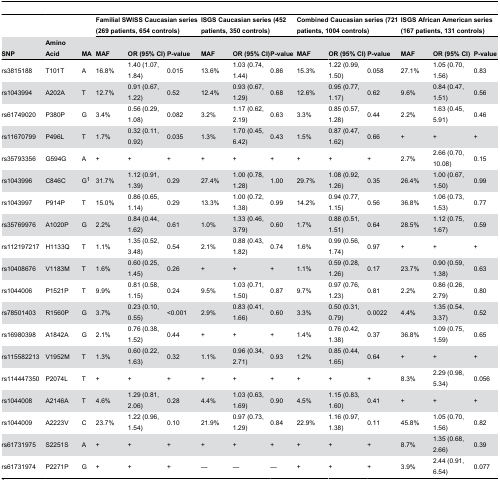
<table><thead><tr><td></td><td></td><td></td><td colspan="3"><b>Familial SWISS Caucasian series (269 patients, 654 controls)</b></td><td colspan="3"><b>ISGS Caucasian series (452 patients, 350 controls)</b></td><td colspan="3"><b>Combined Caucasian series (721 patients, 1004 controls)</b></td><td colspan="3"><b>ISGS African American series (167 patients, 131 controls)</b></td></tr><tr><td><b>SNP</b></td><td><b>Amino Acid</b></td><td><b>MA</b></td><td><b>MAF</b></td><td><b>OR (95% CI)</b></td><td><b>P-value</b></td><td><b>MAF</b></td><td><b>OR (95% CI)</b></td><td><b>P-value</b></td><td><b>MAF</b></td><td><b>OR (95% CI)</b></td><td><b>P-value</b></td><td><b>MAF</b></td><td><b>OR (95% CI)</b></td><td><b>P-value</b></td></tr></thead><tbody><tr><td> rs3815188</td><td>T101T</td><td>A</td><td>16.8%</td><td>1.40 (1.07, 1.84)</td><td>0.015</td><td>13.6%</td><td>1.03 (0.74, 1.44)</td><td>0.86</td><td>15.3%</td><td>1.22 (0.99, 1.50)</td><td>0.058</td><td>27.1%</td><td>1.05 (0.70, 1.56)</td><td>0.83</td></tr><tr><td>rs1043994</td><td>A202A</td><td>T</td><td>12.7%</td><td>0.91 (0.67, 1.22)</td><td>0.52</td><td>12.4%</td><td>0.93 (0.67, 1.29)</td><td>0.68</td><td>12.6%</td><td>0.95 (0.77, 1.17)</td><td>0.62</td><td>9.6%</td><td>0.84 (0.47, 1.51)</td><td>0.56</td></tr><tr><td>rs61749020</td><td>P380P</td><td>G</td><td>3.4%</td><td>0.56 (0.29, 1.08)</td><td>0.082</td><td>3.2%</td><td>1.17 (0.62, 2.19)</td><td>0.63</td><td>3.3%</td><td>0.85 (0.57, 1.28)</td><td>0.44</td><td>2.2%</td><td>1.63 (0.45, 5.91)</td><td>0.46</td></tr><tr><td>rs11670799</td><td>P496L</td><td>T</td><td>1.7%</td><td>0.32 (0.11, 0.92)</td><td>0.035</td><td>1.3%</td><td>1.70 (0.45, 6.42)</td><td>0.43</td><td>1.5%</td><td>0.87 (0.47, 1.62)</td><td>0.66</td><td>+</td><td>+</td><td>+</td></tr><tr><td>rs35793356</td><td>G594G</td><td>A</td><td>+</td><td>+</td><td>+</td><td>+</td><td>+</td><td>+</td><td>+</td><td>+</td><td>+</td><td>2.7%</td><td>2.66 (0.70, 10.08)</td><td>0.15</td></tr><tr><td>rs1043996</td><td>C846C</td><td>G<sup>1</sup></td><td>31.7%</td><td>1.12 (0.91, 1.39)</td><td>0.29</td><td>27.4%</td><td>1.00 (0.78, 1.28)</td><td>1.00</td><td>29.7%</td><td>1.08 (0.92, 1.26)</td><td>0.35</td><td>26.4%</td><td>1.00 (0.67, 1.50)</td><td>0.99</td></tr><tr><td>rs1043997</td><td>P914P</td><td>T</td><td>15.0%</td><td>0.86 (0.65, 1.14)</td><td>0.29</td><td>13.3%</td><td>1.00 (0.72, 1.38)</td><td>0.99</td><td>14.2%</td><td>0.94 (0.77, 1.15)</td><td>0.56</td><td>36.8%</td><td>1.06 (0.73, 1.53)</td><td>0.77</td></tr><tr><td>rs35769976</td><td>A1020P</td><td>G</td><td>2.2%</td><td>0.84 (0.44, 1.62)</td><td>0.61</td><td>1.0%</td><td>1.33 (0.46, 3.79)</td><td>0.60</td><td>1.7%</td><td>0.88 (0.51, 1.51)</td><td>0.64</td><td>28.5%</td><td>1.12 (0.75, 1.67)</td><td>0.59</td></tr><tr><td>rs112197217</td><td>H1133Q</td><td>T</td><td>1.1%</td><td>1.35 (0.52, 3.48)</td><td>0.54</td><td>2.1%</td><td>0.88 (0.43, 1.82)</td><td>0.74</td><td>1.6%</td><td>0.99 (0.56, 1.74)</td><td>0.97</td><td>+</td><td>+</td><td>+</td></tr><tr><td>rs10408676</td><td>V1183M</td><td>T</td><td>1.6%</td><td>0.60 (0.25, 1.45)</td><td>0.26</td><td>+</td><td>+</td><td>+</td><td>1.1%</td><td>0.59 (0.28, 1.26)</td><td>0.17</td><td>23.7%</td><td>0.90 (0.59, 1.38)</td><td>0.63</td></tr><tr><td>rs1044006</td><td>P1521P</td><td>T</td><td>9.9%</td><td>0.81 (0.58, 1.15)</td><td>0.24</td><td>9.5%</td><td>1.03 (0.71, 1.50)</td><td>0.87</td><td>9.7%</td><td>0.97 (0.76, 1.23)</td><td>0.81</td><td>2.2%</td><td>0.86 (0.26, 2.79)</td><td>0.80</td></tr><tr><td>rs78501403</td><td>R1560P</td><td>G</td><td>3.7%</td><td>0.23 (0.10, 0.55)</td><td>&lt;0.001</td><td>2.9%</td><td>0.83 (0.41, 1.66)</td><td>0.60</td><td>3.3%</td><td>0.50 (0.31, 0.79)</td><td>0.0022</td><td>4.4%</td><td>1.35 (0.54, 3.37)</td><td>0.52</td></tr><tr><td>rs16980398</td><td>A1842A</td><td>G</td><td>2.1%</td><td>0.76 (0.38, 1.52)</td><td>0.44</td><td>+</td><td>+</td><td>+</td><td>1.4%</td><td>0.76 (0.42, 1.38)</td><td>0.37</td><td>36.8%</td><td>1.09 (0.75, 1.59)</td><td>0.65</td></tr><tr><td>rs115582213</td><td>V1952M</td><td>T</td><td>1.3%</td><td>0.60 (0.22, 1.63)</td><td>0.32</td><td>1.1%</td><td>0.96 (0.34, 2.71)</td><td>0.93</td><td>1.2%</td><td>0.85 (0.44, 1.65)</td><td>0.64</td><td>+</td><td>+</td><td>+</td></tr><tr><td>rs114447350</td><td>P2074L</td><td>T</td><td>+</td><td>+</td><td>+</td><td>+</td><td>+</td><td>+</td><td>+</td><td>+</td><td>+</td><td>8.3%</td><td>2.29 (0.98, 5.34)</td><td>0.056</td></tr><tr><td>rs1044008</td><td>A2146A</td><td>T</td><td>4.6%</td><td>1.29 (0.81, 2.06)</td><td>0.28</td><td>4.4%</td><td>1.03 (0.63, 1.69)</td><td>0.90</td><td>4.5%</td><td>1.15 (0.83, 1.60)</td><td>0.41</td><td>+</td><td>+</td><td>+</td></tr><tr><td>rs1044009</td><td>A2223V</td><td>C</td><td>23.7%</td><td>1.22 (0.96, 1.54)</td><td>0.10</td><td>21.9%</td><td>0.97 (0.73, 1.29)</td><td>0.84</td><td>22.9%</td><td>1.16 (0.97, 1.38)</td><td>0.11</td><td>45.8%</td><td>1.05 (0.70, 1.56)</td><td>0.82</td></tr><tr><td>rs61731975</td><td>S2251S</td><td>A</td><td>+</td><td>+</td><td>+</td><td>+</td><td>+</td><td>+</td><td>+</td><td>+</td><td>+</td><td>8.7%</td><td>1.35 (0.68, 2.66)</td><td>0.39</td></tr><tr><td>rs61731974</td><td>P2271P</td><td>G</td><td>+</td><td>+</td><td>+</td><td>—</td><td>—</td><td>—</td><td>+</td><td>+</td><td>+</td><td>3.9%</td><td>2.44 (0.91, 6.54)</td><td>0.077</td></tr></tbody></table>